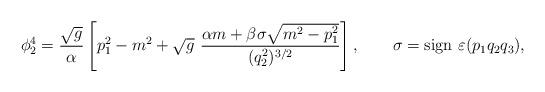
LaTeX: \begin{align*}\phi_2^4=\frac{\sqrt{g}}{\alpha}\left[p_1^2-m^2+\sqrt{g}~\frac{\alpha m+\beta\sigma\sqrt{m^2-p_1^2}}{(q_2^2)^{3/2}}\right],~~~~~~\sigma=\mbox{sign}~\varepsilon(p_1q_2q_3),\end{align*}